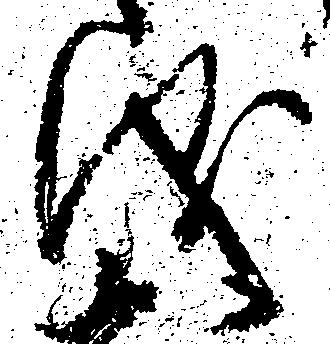
儀